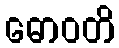
ဓောဝတိ